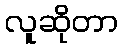
လူဆိုတာ